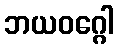
ဘယဝဂ္ဂေါ